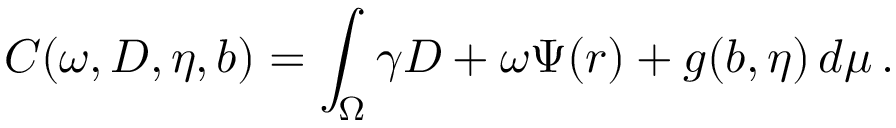
C ( \omega , D , \eta , b ) = \int _ { \Omega } \gamma D + \omega \Psi ( r ) + g ( b , \eta ) \, d \mu \, .